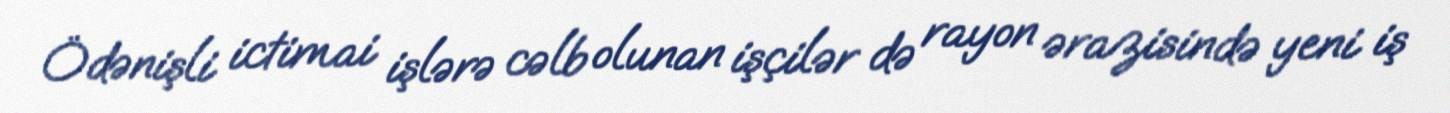
Ödənişli ictimai işlərə cəlb olunan işçilər də rayon ərazisində yeni iş